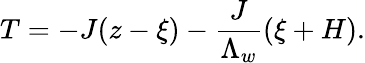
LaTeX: T=-J(z-\xi)-\frac{J}{\Lambda_{w}}(\xi+H).